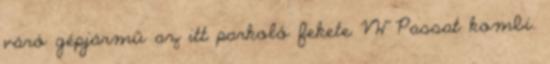
váró gépjármű az itt parkoló fekete VW Passat kombi.